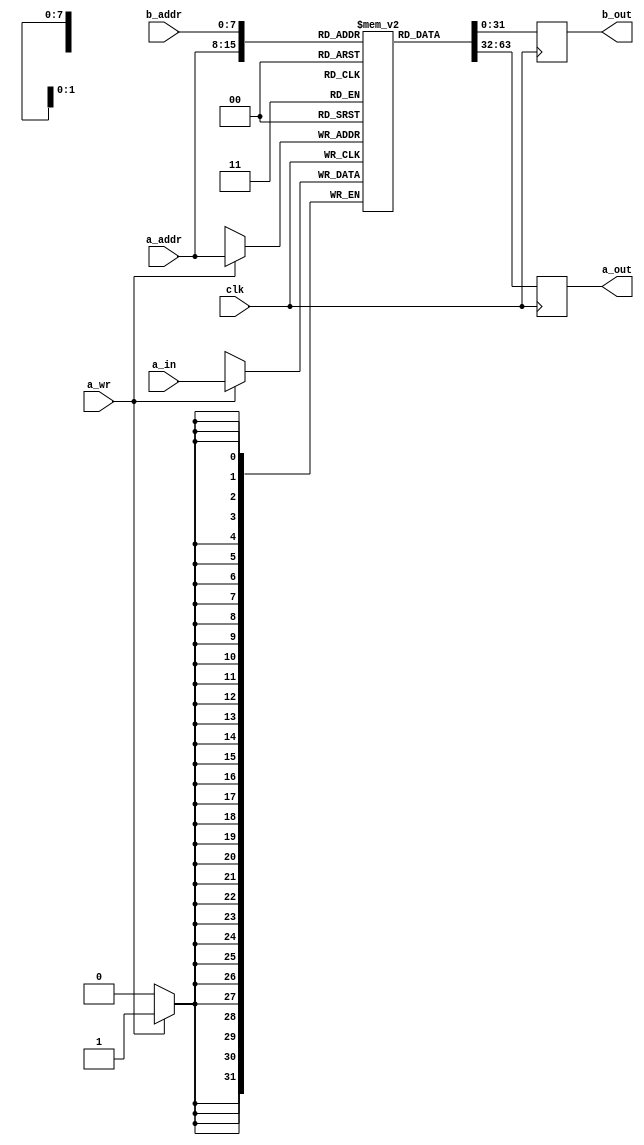
//======================================================================
//
// Copyright (c) 2015, NORDUnet A/S All rights reserved.
//
// Redistribution and use in source and binary forms, with or without
// modification, are permitted provided that the following conditions
// are met:
// - Redistributions of source code must retain the above copyright
//   notice, this list of conditions and the following disclaimer.
//
// - Redistributions in binary form must reproduce the above copyright
//   notice, this list of conditions and the following disclaimer in the
//   documentation and/or other materials provided with the distribution.
//
// - Neither the name of the NORDUnet nor the names of its contributors may
//   be used to endorse or promote products derived from this software
//   without specific prior written permission.
//
// THIS SOFTWARE IS PROVIDED BY THE COPYRIGHT HOLDERS AND CONTRIBUTORS "AS
// IS" AND ANY EXPRESS OR IMPLIED WARRANTIES, INCLUDING, BUT NOT LIMITED
// TO, THE IMPLIED WARRANTIES OF MERCHANTABILITY AND FITNESS FOR A
// PARTICULAR PURPOSE ARE DISCLAIMED. IN NO EVENT SHALL THE COPYRIGHT
// HOLDER OR CONTRIBUTORS BE LIABLE FOR ANY DIRECT, INDIRECT, INCIDENTAL,
// SPECIAL, EXEMPLARY, OR CONSEQUENTIAL DAMAGES (INCLUDING, BUT NOT LIMITED
// TO, PROCUREMENT OF SUBSTITUTE GOODS OR SERVICES; LOSS OF USE, DATA, OR
// PROFITS; OR BUSINESS INTERRUPTION) HOWEVER CAUSED AND ON ANY THEORY OF
// LIABILITY, WHETHER IN CONTRACT, STRICT LIABILITY, OR TORT (INCLUDING
// NEGLIGENCE OR OTHERWISE) ARISING IN ANY WAY OUT OF THE USE OF THIS
// SOFTWARE, EVEN IF ADVISED OF THE POSSIBILITY OF SUCH DAMAGE.
//
//======================================================================

`timescale 1ns / 1ps

module ram_1rw_1ro_readfirst
  #(parameter MEM_WIDTH            = 32,
    parameter MEM_ADDR_BITS        = 8)
   (
    input wire                     clk,

    input wire [MEM_ADDR_BITS-1:0] a_addr,
    input wire                     a_wr,
    input wire [MEM_WIDTH-1:0]     a_in,
    output wire [MEM_WIDTH-1:0]    a_out,

    input wire [MEM_ADDR_BITS-1:0] b_addr,
    output wire [MEM_WIDTH-1:0]    b_out
    );


   //
   // BRAM
   //
   (* RAM_STYLE="BLOCK" *)
   reg [MEM_WIDTH-1:0]             bram[0:(2**MEM_ADDR_BITS)-1];


   //
   // Output Registers
   //
   reg [MEM_WIDTH-1:0]             bram_reg_a;
   reg [MEM_WIDTH-1:0]             bram_reg_b;

   assign a_out = bram_reg_a;
   assign b_out = bram_reg_b;


   //
   // Read-Write Port A
   //
   always @(posedge clk) begin
      //
      bram_reg_a <= bram[a_addr];
      //
      if (a_wr) bram[a_addr] <= a_in;
      //
   end


   //
   // Read-Only Port B
   //
   always @(posedge clk)
     //
     bram_reg_b <= bram[b_addr];


endmodule